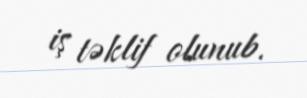
iş təklif olunub.